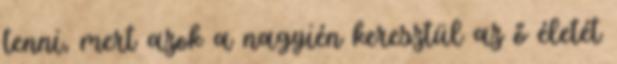
tenni, mert azok a nagyién keresztül az ő életét